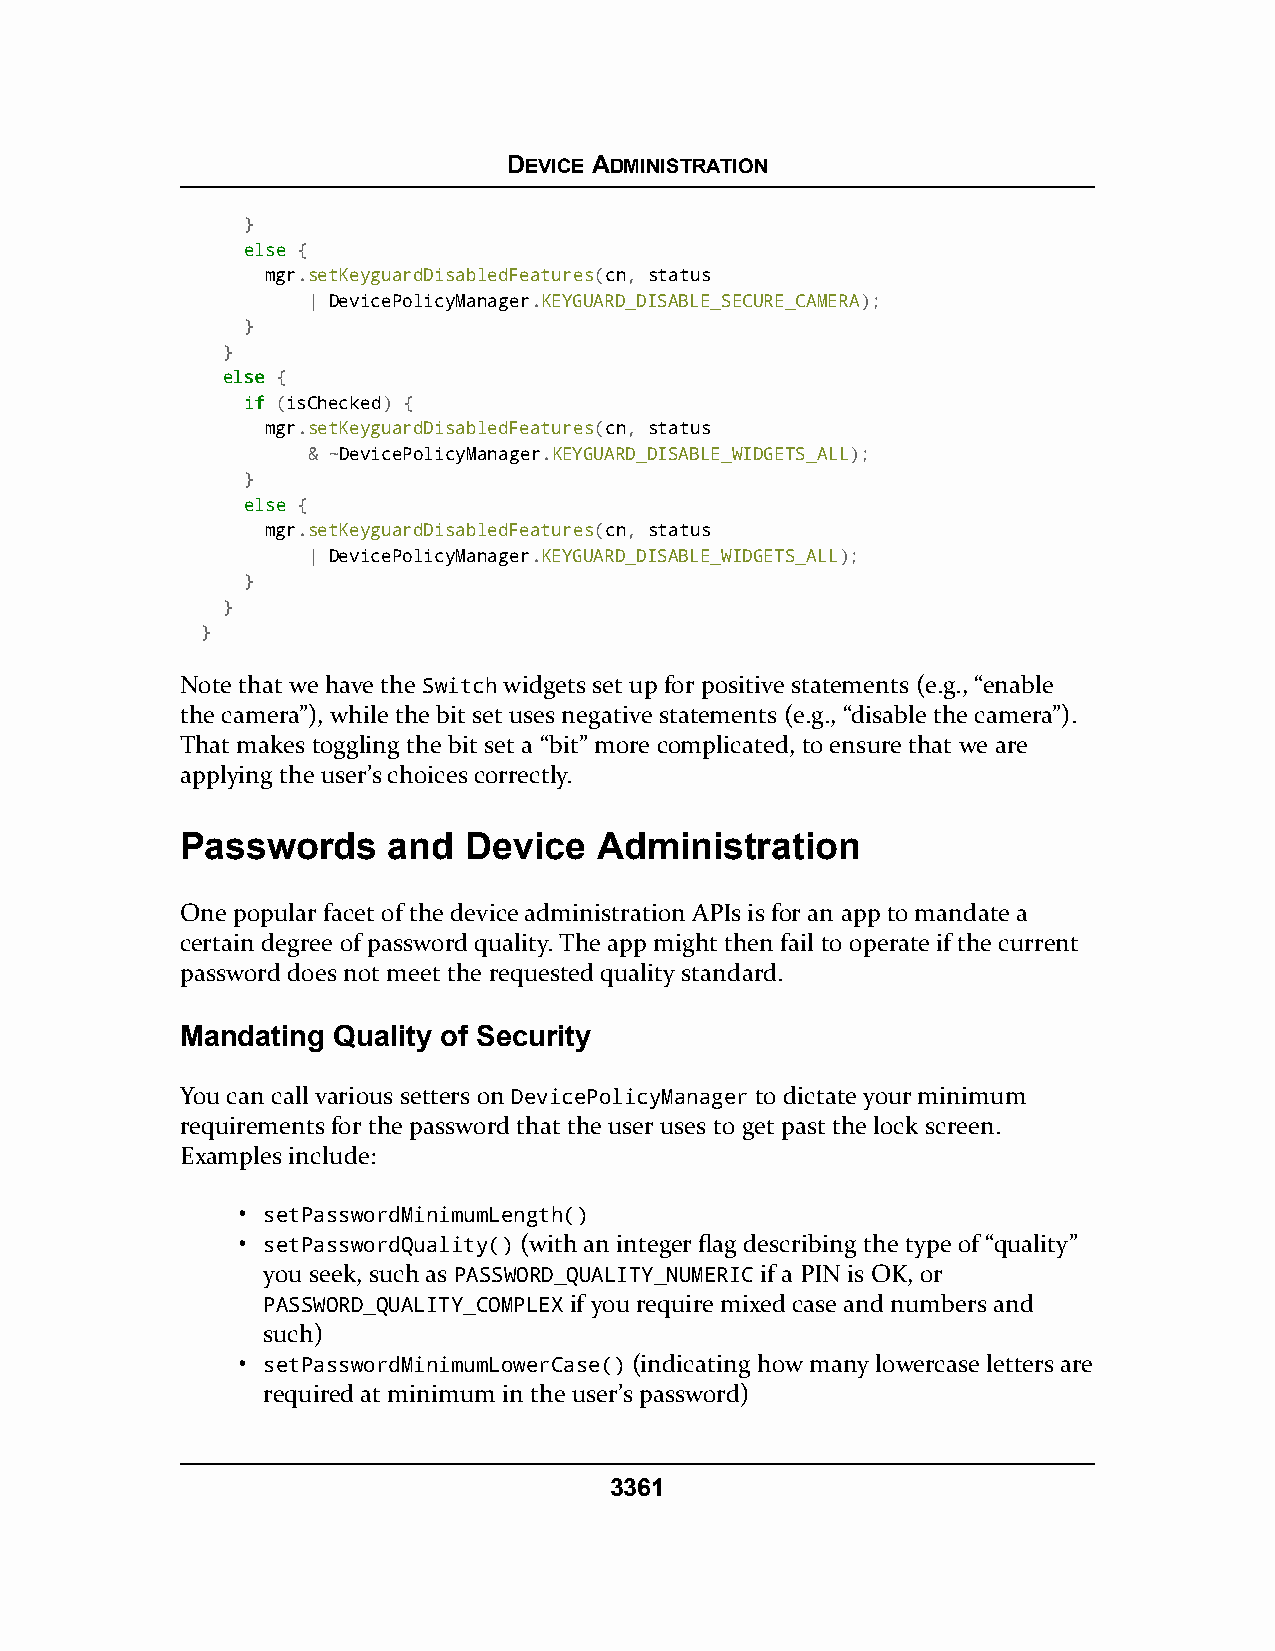
DEVICE ADMINISTRATION
 }
 eellssee {
 mgr.setKeyguardDisabledFeatures(cn, status
 | DevicePolicyManager.KEYGUARD_DISABLE_SECURE_CAMERA);
 }
 }
 eellssee {
 iiff (isChecked) {
 mgr.setKeyguardDisabledFeatures(cn, status
 & ~DevicePolicyManager.KEYGUARD_DISABLE_WIDGETS_ALL);
 }
 eellssee {
 mgr.setKeyguardDisabledFeatures(cn, status
 | DevicePolicyManager.KEYGUARD_DISABLE_WIDGETS_ALL);
 }
 }
 }
 Note that we have the Switch widgets set up for positive statements (e.g., “enable
 the camera”), while the bit set uses negative statements (e.g., “disable the camera”).
 That makes toggling the bit set a “bit” more complicated, to ensure that we are
 applying the user’s choices correctly.
 Passwords     and  Device   Administration
 One popular facet of the device administration APIs is for an app to mandate a
 certain degree of password quality. The app might then fail to operate if the current
 password does not meet the requested quality standard.
 Mandating Quality of Security
 You can call various setters on DevicePolicyManager to dictate your minimum
 requirements for the password that the user uses to get past the lock screen.
 Examples include:
 • setPasswordMinimumLength()
 • setPasswordQuality() (with an integer flag describing the type of “quality”
 you seek, such as PASSWORD_QUALITY_NUMERIC if a PIN is OK, or
 PASSWORD_QUALITY_COMPLEX if you require mixed case and numbers and
 such)
 • setPasswordMinimumLowerCase() (indicating how many lowercase letters are
 required at minimum in the user’s password)
 3361